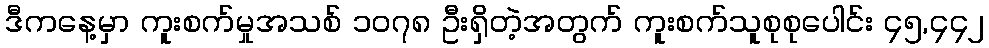
ဒီကနေ့မှာ ကူးစက်မှုအသစ် ၁၀၇၈ ဦးရှိတဲ့အတွက် ကူးစက်သူစုစုပေါင်း ၄၅,၄၄၂